King Institute of Preventive Medicine Bacteriolog. Section reports 1907-08
Year: 1907
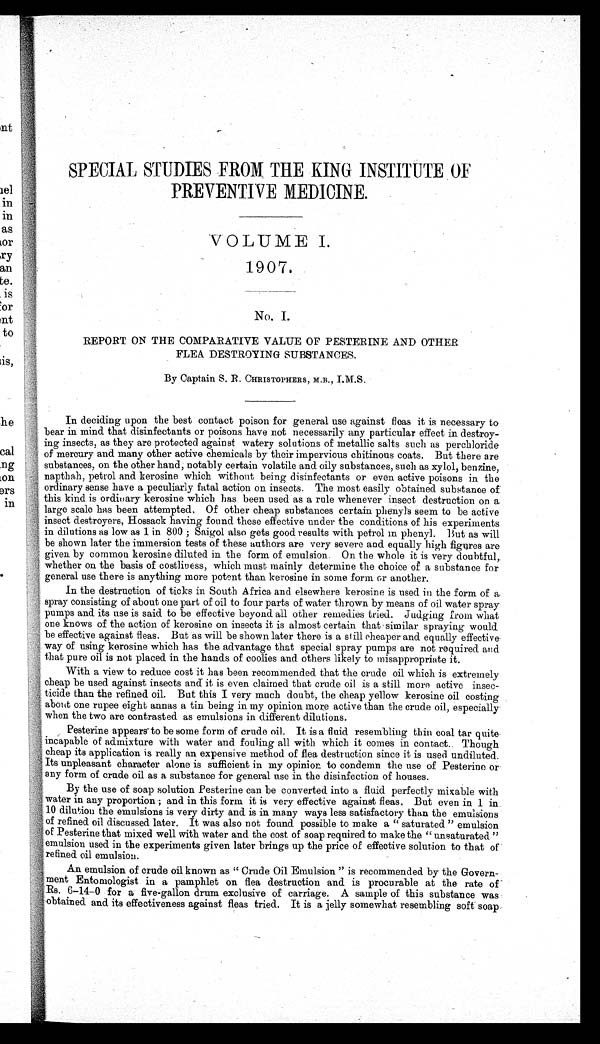
SPECIAL STUDIES FROM THE KING INSTITUTE OF
PREVENTIVE MEDICINE.
VOLUME I.
1907.
No. I.
REPORT ON THE COMPARATIVE VALUE OF PESTERINE AND OTHER
FLEA DESTROYING SUBSTANCES.
By Captain S. R. CHRISTOPHERS, M.B., I.M.S.
In deciding upon the best contact poison for general use against floas it is necessary to
bear in mind that disinfectants or poisons have not necessarily any particular effect in destroy-
ing insects, as they are protected against watery solutions of metallic salts such as perchloride
of mercury and many other active chemicals by their impervious chitinous coats. But there are
substances, on the other hand, notably certain volatile and oily substances, such as xylol, benzine,
napthah, petrol and kerosine which without being disinfectants or even active poisons in the
o r d i n a r y s e n s e h a v e a p e c u l i a r l y f a t a l a c t i o n o n i n s e c t s . T h e m o s t e a s i l y o b t a i n e d s u b s t a n c e o f
this kind is ordinary kerosine which has been used as a rule whenever insect destruction on. a.
large scale has been attempted. Of other cheap substances certain phenyls seem to be active
insect destroyers, Hossack having found these effective under the conditions of his experiments
in dilutions as low as 1 in 800 ; Saigol also gets good results with petrol in phenyl. But as will
be shown later the immersion tests of these authors are very severe and equally high figures are
given by common kerosine diluted in the form of emulsion. On the whole it is very doubtful,
whether on the basis of costliness, which must mainly determine the choice of a substance for
general use there is anything more potent than kerosine in some form or another.
In the destruction of ticks in South Africa and elsewhere kerosine is used in the form of
a spray consisting of about one part of oil to four parts of water thrown by means of oil water spray
pumps and its use is said. to be effective beyond. all other remedies tried. Judging from what
one knows of the action of kerosine on insects it is almost certain that similar spraying would
be effective against fleas. But as will be shown later there is a still cheaper and. equally
e f f e c t i v e w a y o f u s i n g k e r o s i n e w h i c h h a s t h e a d v a n t a g e t h a t s p e c i a l s p r a y p u m p s a r e n o t r e q u i r e d a n d
that pure oil is not placed in the hands of coolies and others likely to misappropriate it.
With a view to reduce cost it has been recommended that the crude oil which is extremely
cheap be used against insects and it is even claimed that crude oil is a still more active
insec—
ticide than the refined oil. But this I very much doubt, the cheap yellow kerosine oil costing
about one rupee eight annas a tin being in my opinion more active than the crude oil, especially
when the two are contrasted as emulsions in different dilutions.
Pesterine
appears to be some form of crude oil. It is a fluid resembling thin coal tar quite
incapable of admixture with water and fouling all with which it comes in contact. Though
cheap its application is really an expensive method of flea destruction since it is used undiluted.
Its unpleasant character alone is sufficient in my opinion to condemn the use of Pesterine or
any form of crude oil as a substance for general use in the disinfection of houses.
By the use of soap solution Pesterine can be converted into a fluid perfectly mixable with
water in any proportion ; and in this form it is very effective against fleas. But even in 1 in
10 dilution the emulsions is very dirty and is in many ways less satisfactory than the emulsions
of refined oil discussed later. It was also not found possible to make a " saturated " emulsion
of Pesterine that mixed well with water and the cost of soap required to make the " unsaturated "
emulsion used in the experiments given later brings up the price of effective solution to that of
refined oil emulsion.
An emulsion of crude oil known as " Crude Oil Emulsion " is recommended by the Govern-
ment Entomologist in a pamphlet on flea destruction and is procurable at the rate of
Rs. 6-14-0 for a five-gallon drum exclusive of carriage. A sample of this substance was
obtained and its effectiveness against fleas tried. It is a jelly somewhat resembling soft soap